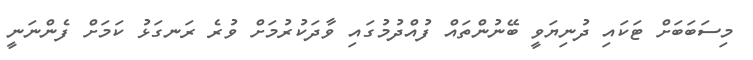
މިސަބަބަށް ޓަކައި ދުނިޔަވީ ބޭނުންތައް ފުއްދުމުގައި ވާދަކުރުމަށް ވުރެ ރަނގަޅު ކަމަށް ފެންނަނީ